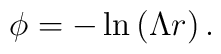
\phi=-\ln\left(\Lambda r\right) .